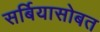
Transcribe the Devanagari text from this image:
सर्बियासोबत